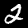
Digit: 2